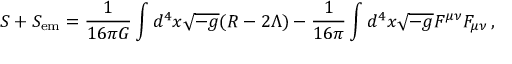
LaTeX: S + S _ { \mathrm { e m } } = \frac { 1 } { 1 6 \pi G } \int { d ^ { 4 } x \sqrt { - g } ( R - 2 \Lambda ) } - \frac { 1 } { 1 6 \pi } \int { d ^ { 4 } x \sqrt { - g } F ^ { \mu \nu } F _ { \mu \nu } } \, ,